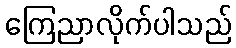
ကြေညာလိုက်ပါသည်